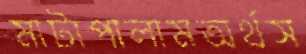
মাটাপালামঅর্থস